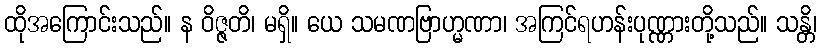
ထိုအကြောင်းသည်။ န ဝိဇ္ဇတိ၊ မရှိ။ ယေ သမဏဗြာဟ္မဏာ၊ အကြင်ရဟန်းပုဏ္ဏားတို့သည်။ သန္တိ၊